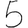
Digit: 5